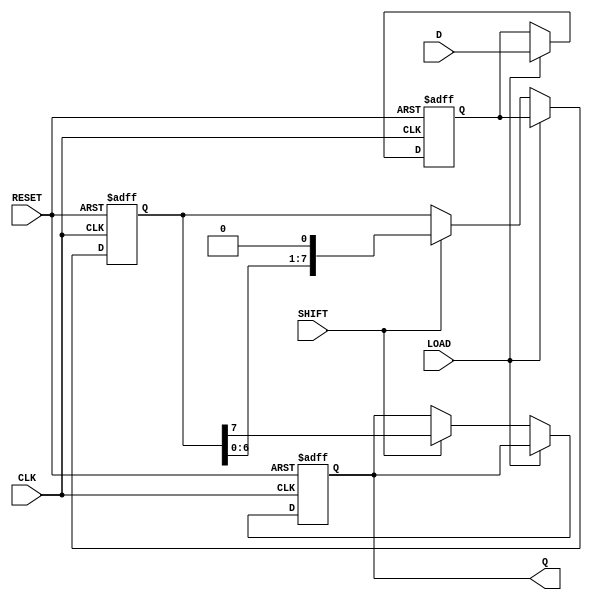
module TwoStagePISO #(
    parameter WIDTH = 8 // Parameter to define the width of the register
)(
    input wire [WIDTH-1:0] D,    // Parallel data input
    input wire LOAD,              // Load signal
    input wire SHIFT,             // Shift signal
    input wire CLK,               // Clock signal
    input wire RESET,             // Asynchronous reset
    output reg Q                 // Serial output
);

    reg [WIDTH-1:0] input_stage;  // First stage (input stage)
    reg [WIDTH-1:0] output_stage;  // Second stage (output stage)
    integer i;

    // Asynchronous reset and loading of data
    always @(posedge CLK or posedge RESET) begin
        if (RESET) begin
            input_stage <= 0;     // Clear input stage
            output_stage <= 0;    // Clear output stage
            Q <= 0;               // Clear serial output
        end else if (LOAD) begin
            input_stage <= D;     // Load data into input stage
            output_stage <= input_stage; // Initialize output stage from input stage
        end else if (SHIFT) begin
            // Shift data from output stage to serial output
            Q <= output_stage[WIDTH-1]; // Output the MSB first
            // Shift the data in the output stage
            output_stage <= {output_stage[WIDTH-2:0], 1'b0}; // Shift left and fill LSB with 0
        end
    end

endmodule